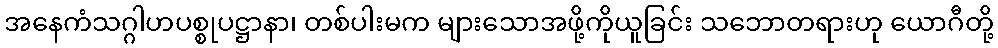
အနေကံသဂ္ဂါဟပစ္စုပဋ္ဌာနာ၊ တစ်ပါးမက များသောအဖို့ကိုယူခြင်း သဘောတရားဟု ယောဂီတို့